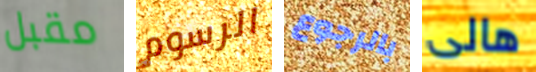
مقبل الرسوم بالرجوع هالى